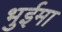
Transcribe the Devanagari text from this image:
भुईमा